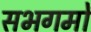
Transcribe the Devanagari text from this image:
सभगमों